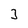
Character: 3